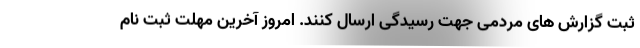
ثبت گزارش های مردمی جهت رسیدگی ارسال کنند. امروز آخرین مهلت ثبت نام